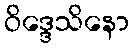
ဝိဒ္ဒေသိနော